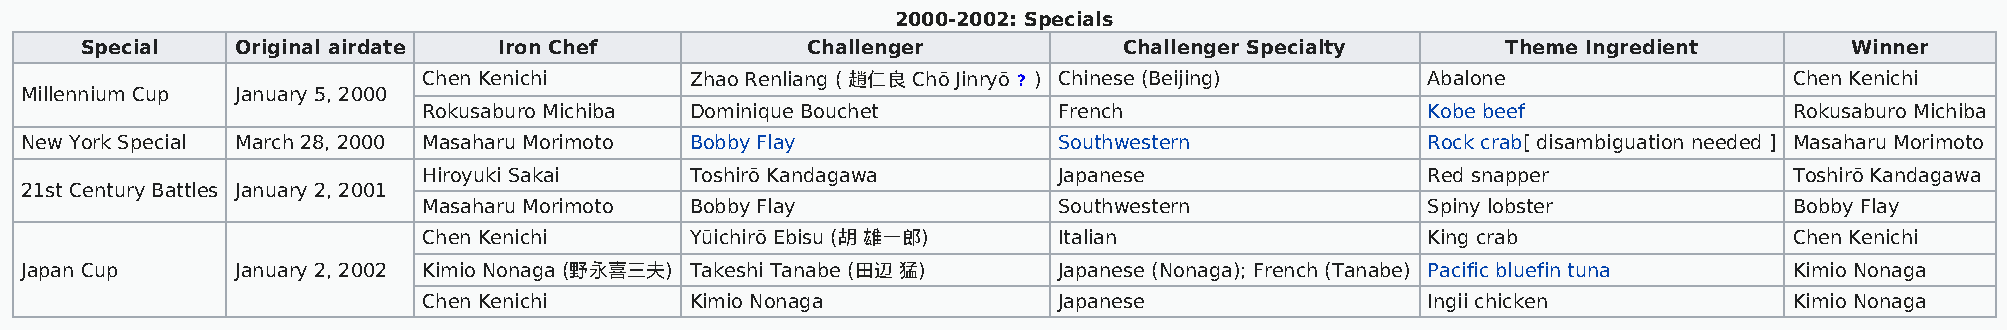
2000-2002: Specials
 Special    Original airdate Iron Chef           Challenger           Challenger Specialty      Theme Ingredient       Winner
 Chen Kenichi      Zhao Renliang ( 趙仁良 Chō Jinryō ? ) Chinese (Beijing) Abalone             Chen Kenichi
 Millennium Cup January 5, 2000
 Rokusaburo Michiba Dominique Bouchet      French                  Kobe beef                Rokusaburo Michiba
 New York Special March 28, 2000 Masaharu Morimoto Bobby Flay         Southwestern            Rock crab[ disambiguation needed ] Masaharu Morimoto
 Hiroyuki Sakai    Toshirō Kandagawa       Japanese                Red snapper              Toshirō Kandagawa
 21st Century Battles January 2, 2001
 Masaharu Morimoto Bobby Flay              Southwestern            Spiny lobster            Bobby Flay
 Chen Kenichi      Yūichirō Ebisu (胡 雄一郎)  Italian                 King crab                Chen Kenichi
 Japan Cup      January 2, 2002 Kimio Nonaga (野永喜三夫) Takeshi Tanabe (田辺 猛) Japanese (Nonaga); French (Tanabe) Pacific bluefin tuna Kimio Nonaga
 Chen Kenichi      Kimio Nonaga            Japanese                Ingii chicken            Kimio Nonaga